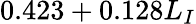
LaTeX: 0.423+0.128L_{I}